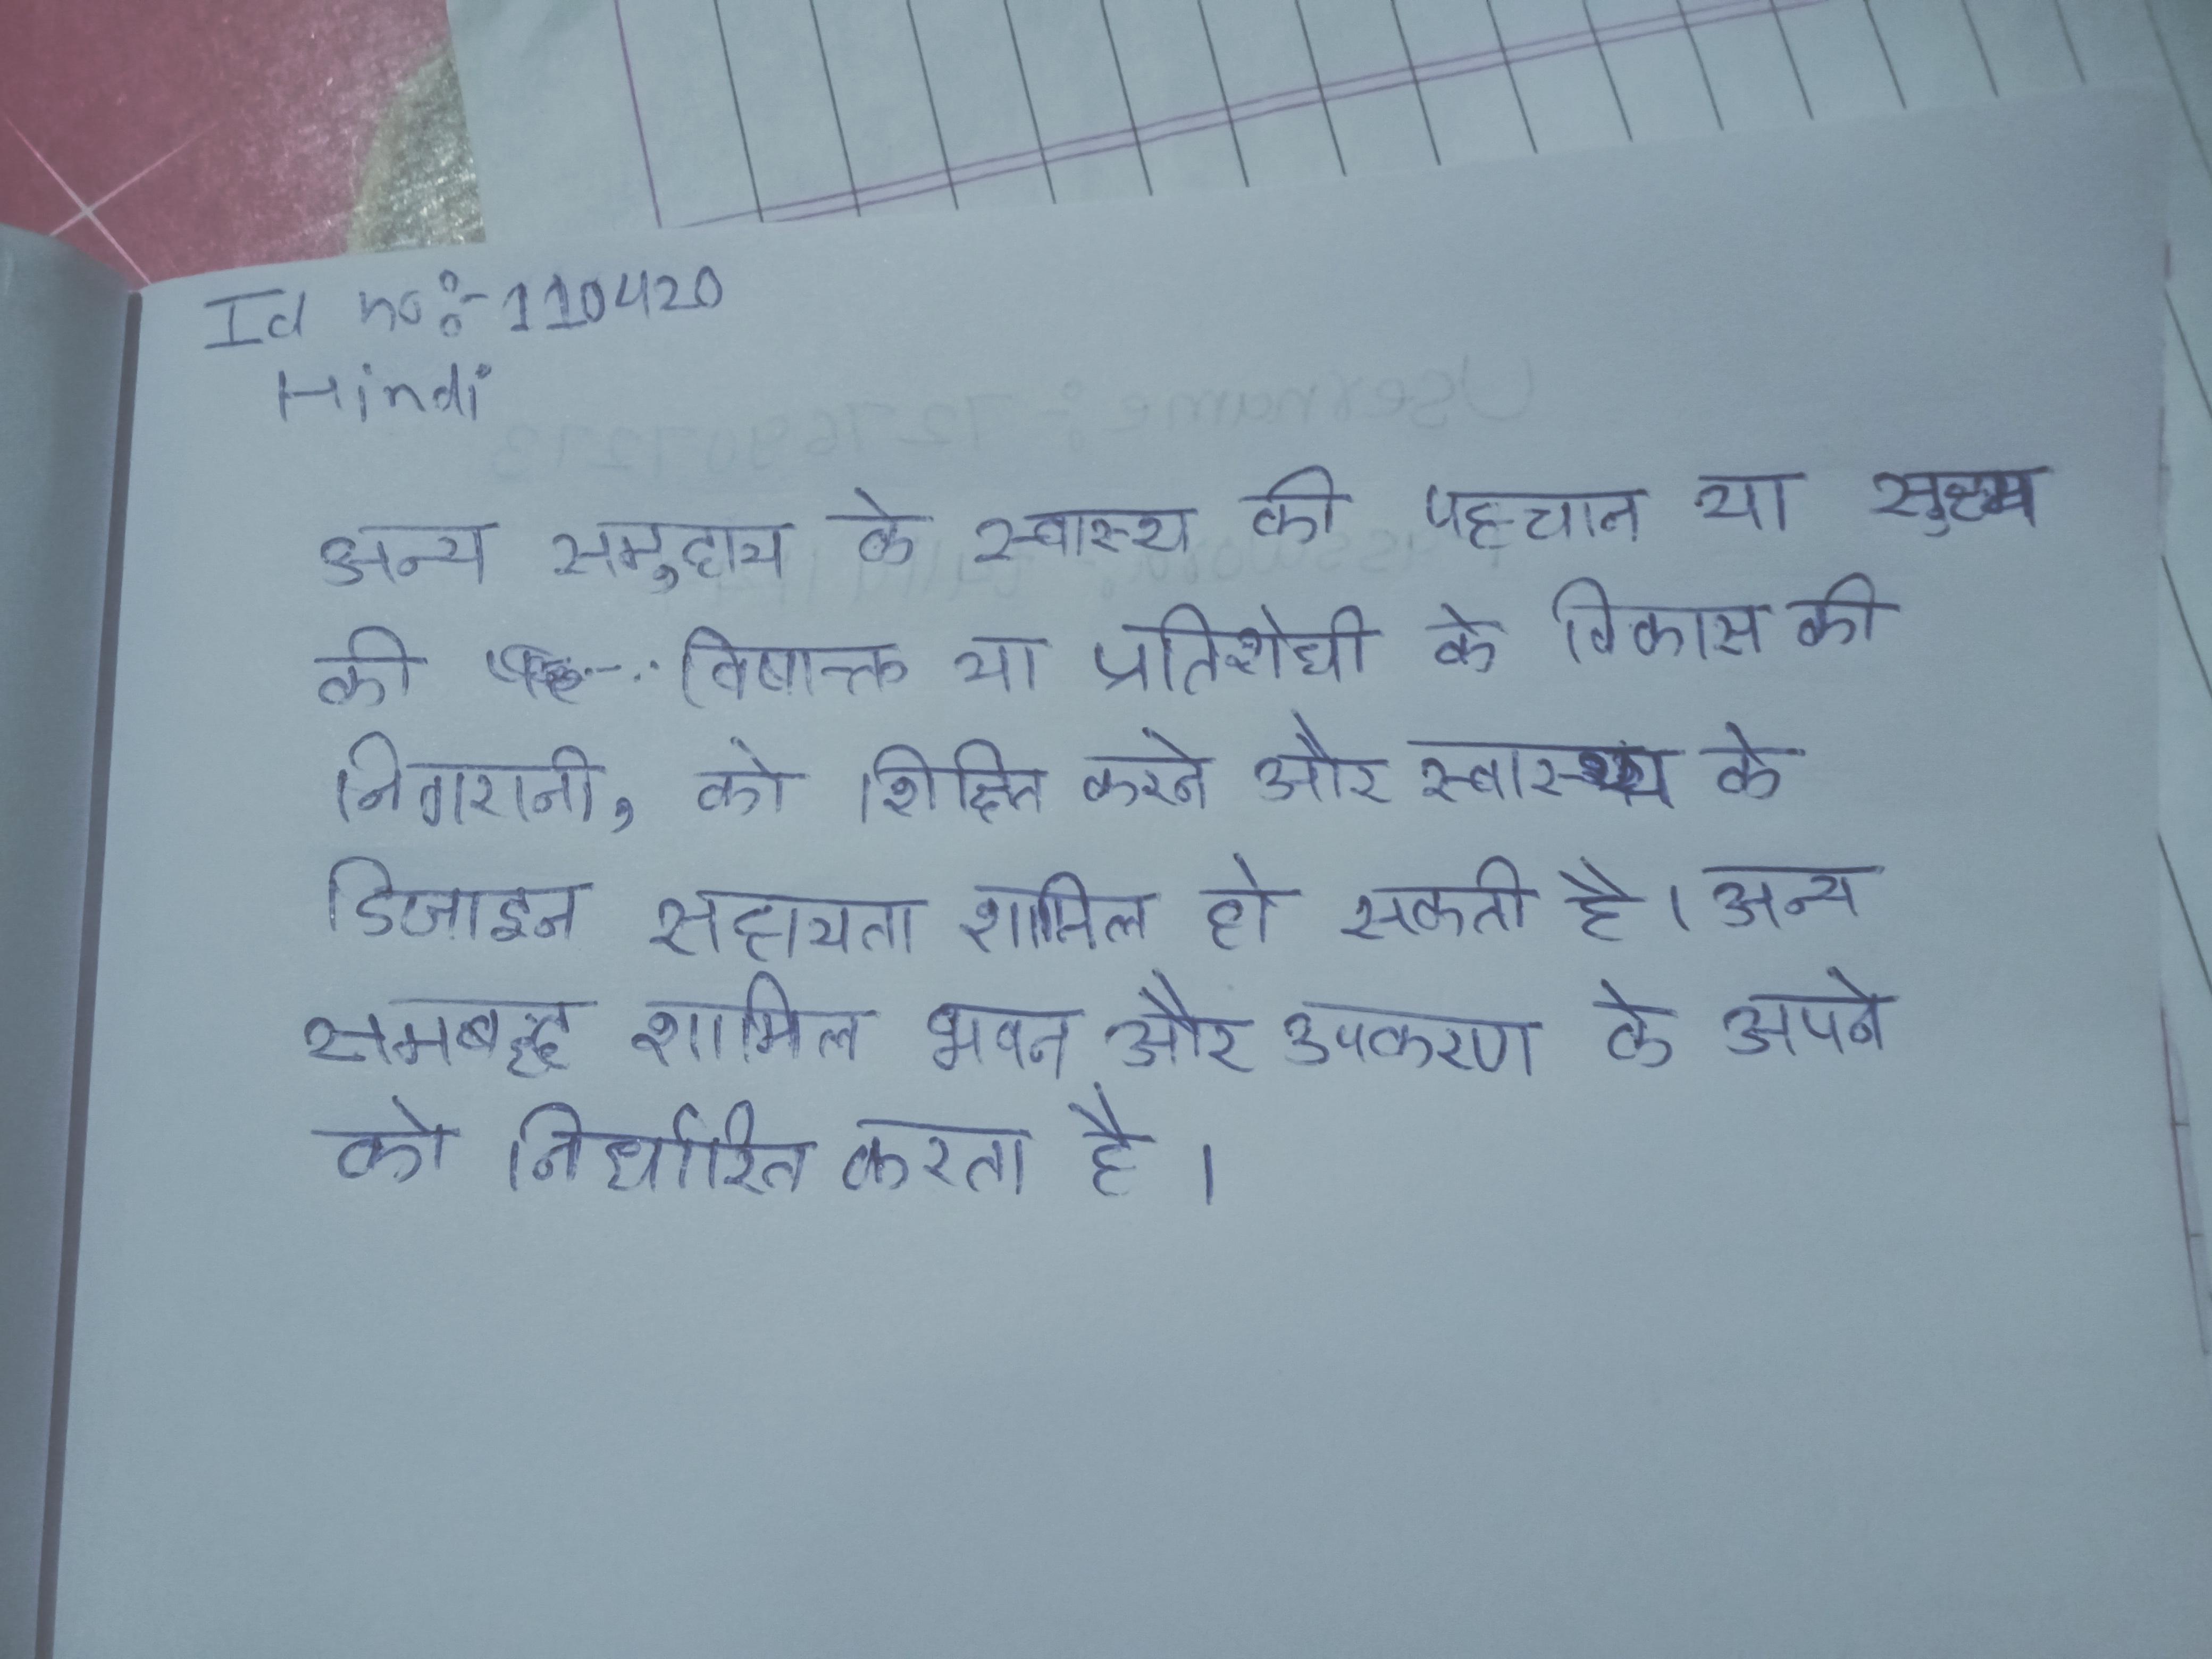
अन्य समुदाय के स्वास्थ्य की पहचान या सूक्ष्म के विषाक्त या प्रतिरोधी के विकास की निगरानी, को शिक्षित करने और स्वास्थ्य के डिजाइन सहायता शामिल हो सकती है । अन्य सम्बद्ध शामिल भवन और उपकरण के अपने को निर्धारित करता है ।